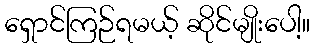
ရှောင်ကြဉ်ရမယ့် ဆိုင်မျိုးပေါ့။